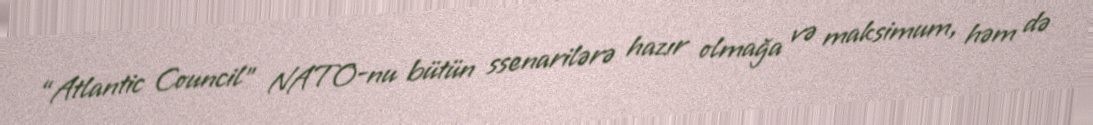
“Atlantic Council” NATO-nu bütün ssenarilərə hazır olmağa və maksimum, həm də